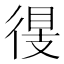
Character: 𢔠